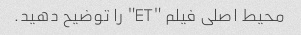
محیط اصلی فیلم "ET" را توضیح دهید.